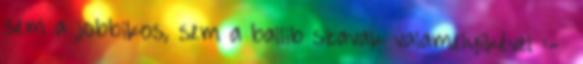
sem a jobbikos, sem a ballib szavak valamelyikével :-